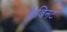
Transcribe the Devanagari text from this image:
कैबिनट